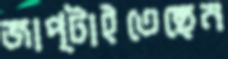
জাপ্‌টাইতেছেন